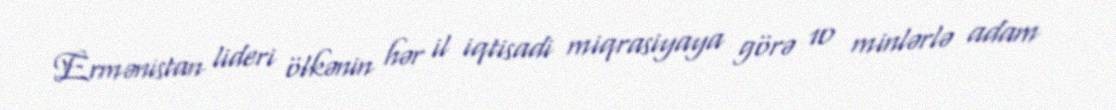
Ermənistan lideri ölkənin hər il iqtisadi miqrasiyaya görə 10 minlərlə adam